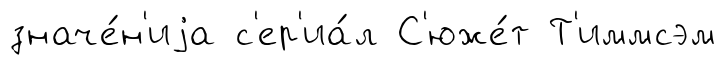
значе́н'иjа с'ер'иа́л С'юже́т Т'иммсэм